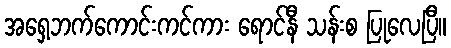
အရှေ့ဘက်ကောင်းကင်ကား ရောင်နီ သန်းစ ပြုလေပြီ။